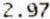
2.97